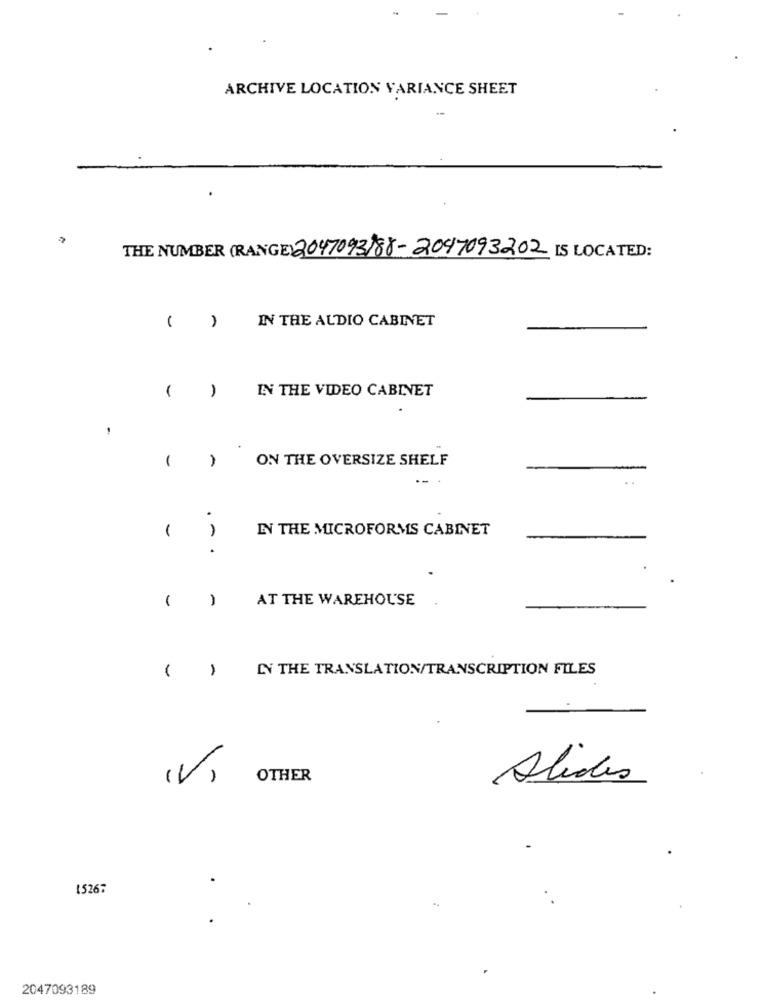
ARCHIVE LOCATION VARIANCE SHEET
THE NUMBER (RANGE) 2047093)88-2047093202 IS LOCATED:
IN THE AUDIO CABINET
-
IN THE VIDEO CABINET
1
ON THE OVERSIZE SHELF
-
--
1
IN THE MICROFORMS CABINET
.
AT THE WAREHOUSE
-
IN THE TRANSLATION/TRANSCRIPTION FILES
(V)
OTHER
Alides
15267
2047093189